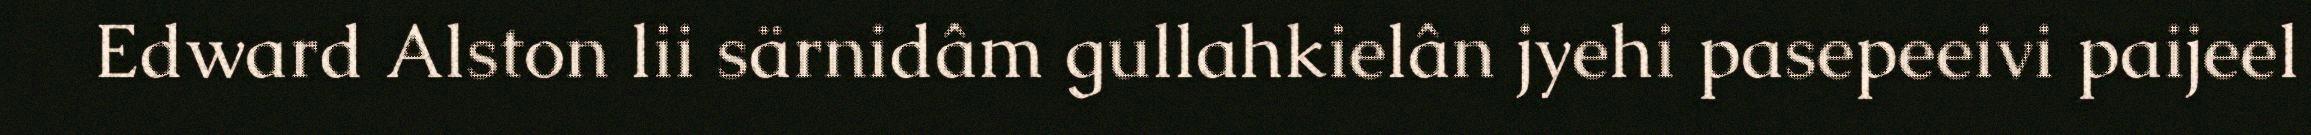
Edward Alston lii särnidâm gullahkielân jyehi pasepeeivi paijeel